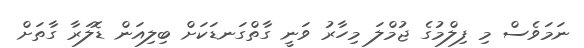
ނަމަވެސް މި ފިލްމުގެ ޖުމްލަ މިހާރު ވަނީ ގާތްގަނޑަކަށް ބިލިއަން ޑޮލަރާ ގާތަށް